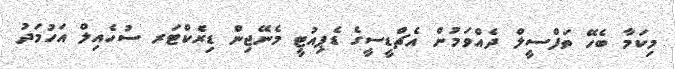
މިކަމާ ބެހޭ ތަފްސީލް ދެއްވަމުން އެޗްޑީސީގެ ޑެޕިއުޓީ މެނޭޖިން ޑިރެކްޓަރ ސުހެއިލް އަހުމަދު